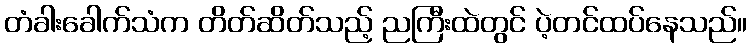
တံခါးခေါက်သံက တိတ်ဆိတ်သည့် ညကြီးထဲတွင် ပဲ့တင်ထပ်နေသည်။